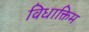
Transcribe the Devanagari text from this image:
विधाक्तिम